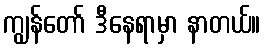
ကျွန်တော် ဒီနေရာမှာ နာတယ်။